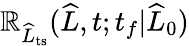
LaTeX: \mathbb{R}_{\widehat{{L}}_{\mathrm{{ts}}}}(\widehat{{L}},t;t_{f}|\widehat{{L}}_{0})